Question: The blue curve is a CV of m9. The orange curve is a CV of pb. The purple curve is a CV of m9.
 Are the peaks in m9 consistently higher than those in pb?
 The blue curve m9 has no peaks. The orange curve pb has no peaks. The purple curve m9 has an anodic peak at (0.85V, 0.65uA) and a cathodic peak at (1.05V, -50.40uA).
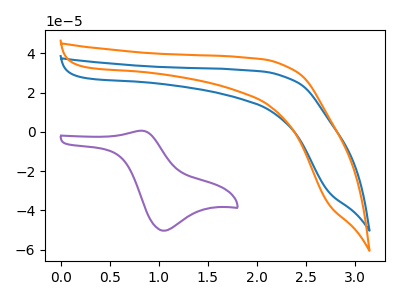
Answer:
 <answer>Niether CV has any peaks.</answer>
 <eval>blanks</eval>